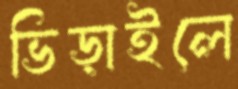
ভিড়াইলে